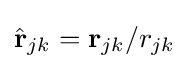
{\hat {\mathbf {r} }}_{jk}=\mathbf {r} _{jk}/r_{jk}